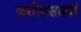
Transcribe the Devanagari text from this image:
कठीणसमयी